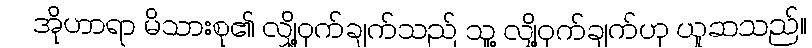
အိုဟာရာ မိသားစု၏ လျှို့ဝှက်ချက်သည် သူ့ လျှို့ဝှက်ချက်ဟု ယူဆသည်။